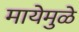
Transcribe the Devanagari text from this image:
मायेमुळे